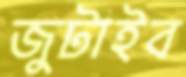
জুটাইব